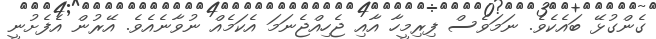
ގެންގުޅޭ ބައެކެވެ. ނަމަވެސް ފިރިމީހާ އާއި ޖެހިއްޖެނަމަ އެކަމެއް ނުވާނެއެވެ. އޭރުން އެފެށުނީ